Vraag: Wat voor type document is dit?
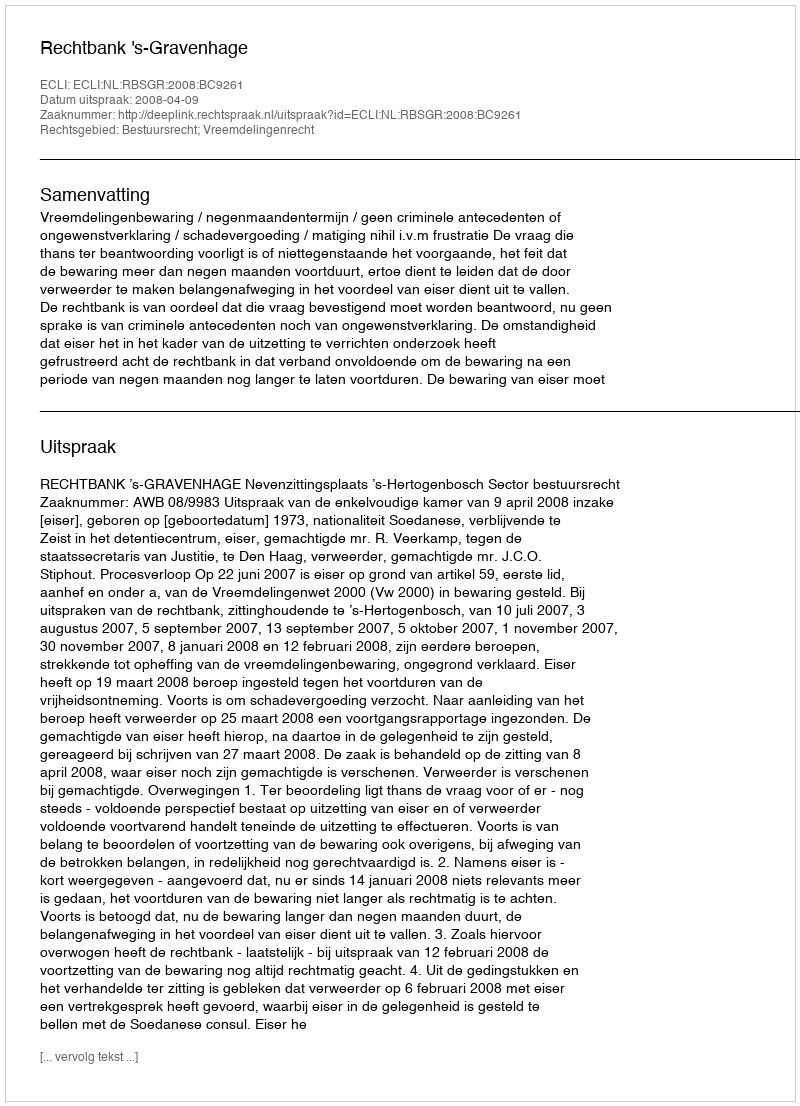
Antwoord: Uitspraak